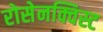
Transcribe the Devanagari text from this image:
रोसेनक्विस्ट